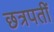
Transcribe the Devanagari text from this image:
छत्रपतीं